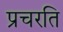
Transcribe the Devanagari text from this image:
प्रचरति